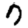
Digit: 7